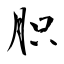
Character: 胑